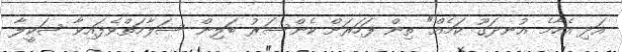
އަދި އެހާމެ އުނދަގޫ ކަމެއް" ތިން ފަހަރަށް ކެންސަރު ބަލިން ސަލާމަތްވެފައިވާ ޝަކީލާ